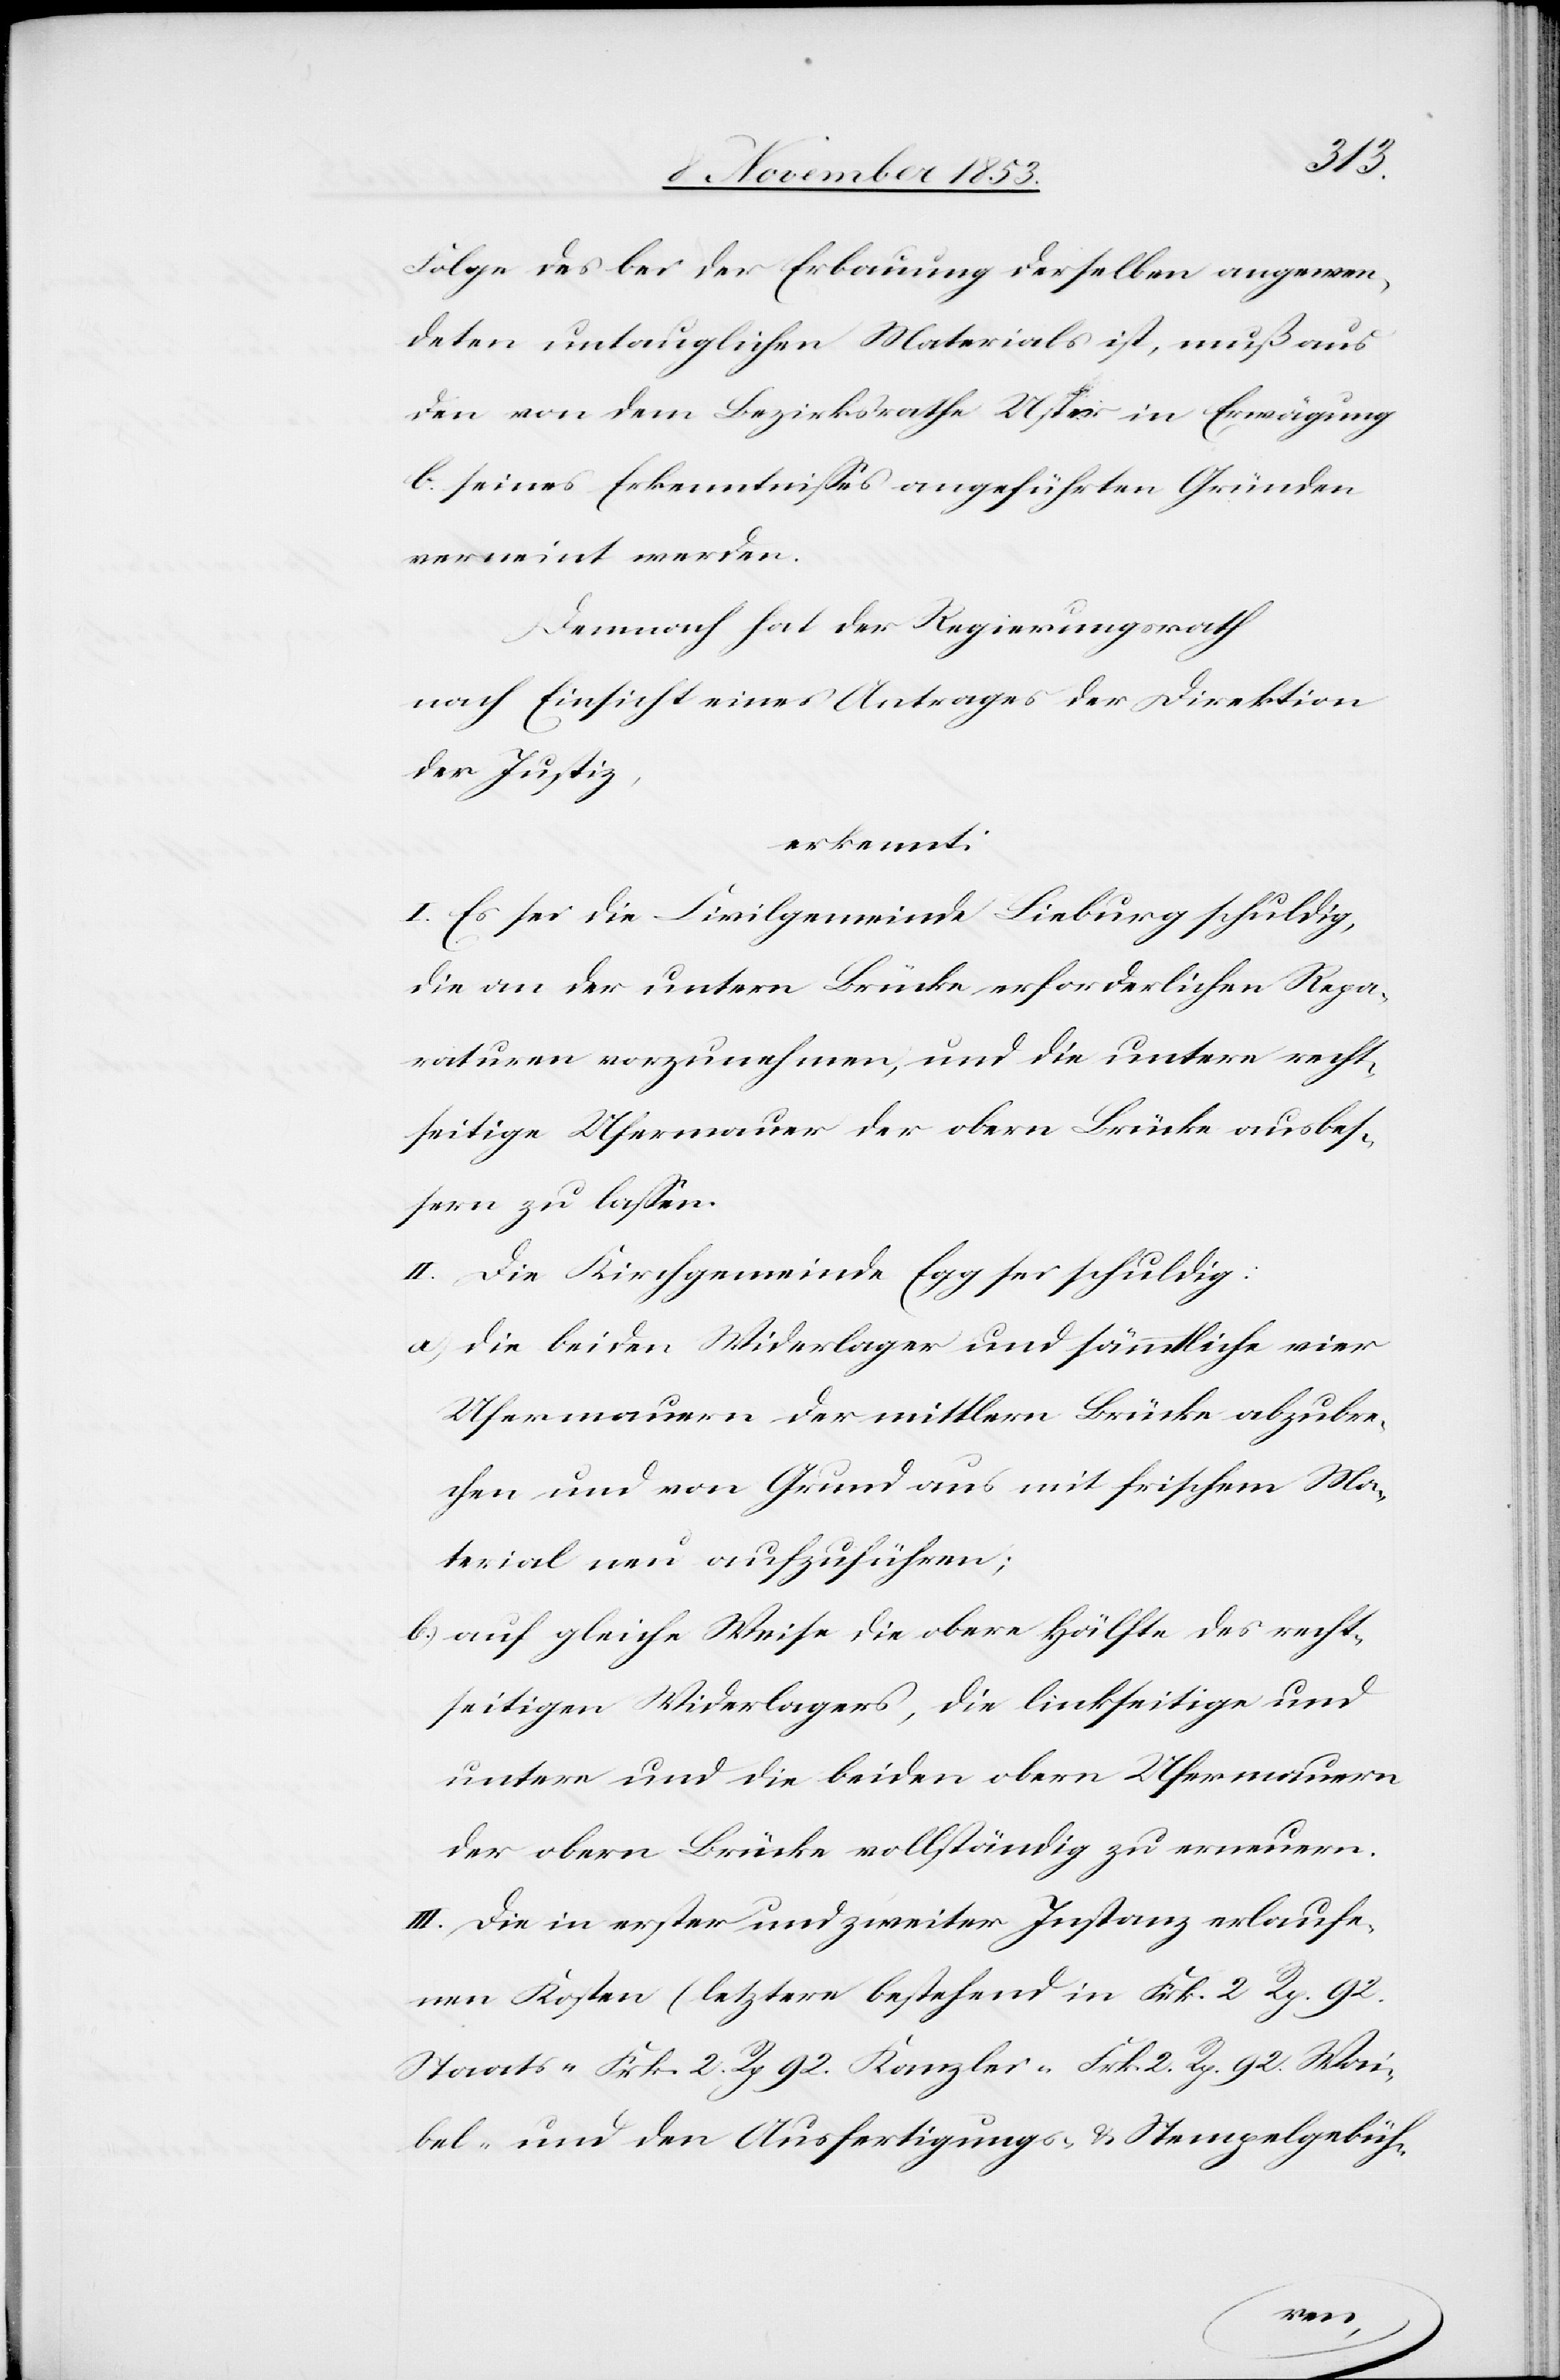
Folge des bei der Erbauung derselben angewen¬
deten untauglichen Materials ist, muß aus
den von dem Bezirksrathe Uster in Erwägung
b. seines Erkenntnißes angeführten Gründen
verneint werden.
Demnach hat der Regierungsrath
nach Einsicht eines Antrages der Direktion
der Justiz,
erkennt:
I. Es sei die Civilgemeinde Lieburg schuldig,
die an der untern Brücke, erforderlichen Repa¬
raturen vorzunehmen, und die untere recht¬
seitige Ufermauer der obern Brücke ausbes¬
sern zu laßen.
II. Die Kirchgemeinde Egg sei schuldig:
a) die beiden Widerlager und sämmtliche vier
Ufermauern der mittlern Brücke abzubre¬
chen und von Grund aus mit frischem Ma¬
terial neu aufzuführen;
b) auf gleiche Weise die obere Hälfte des recht¬
seitigen Widerlagers, die linkseitige und
untere und die beiden obern Ufermauern
der obern Brücke vollständig zu erneuern.
III. Die in erster und zweiter Instanz erlaufe¬
nen Kosten (letztere bestehend in Frk. 2 Rp. 92
Staats- Frk. 2 Rp. 92 Kanzlei- Frk. 2 Rp. 92 Wai¬
bel- und den Ausfertigungs- u. Stempelgebüh-